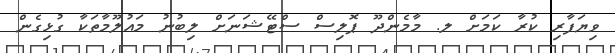
ވިޔަފާރި ކުރާ ކަމަށް ލ. މާމެންދޫ ޕޮލިސް ސްޓޭޝަނަށް ލިބުނު މައުލޫމާތަކާ ގުޅިގެން